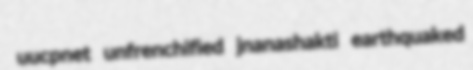
uucpnet unfrenchified jnanashakti earthquaked